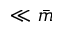
\ll \bar { m }